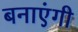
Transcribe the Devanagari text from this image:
बनाएंगी